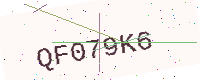
Text: QF079K6